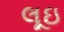
લૂઇ